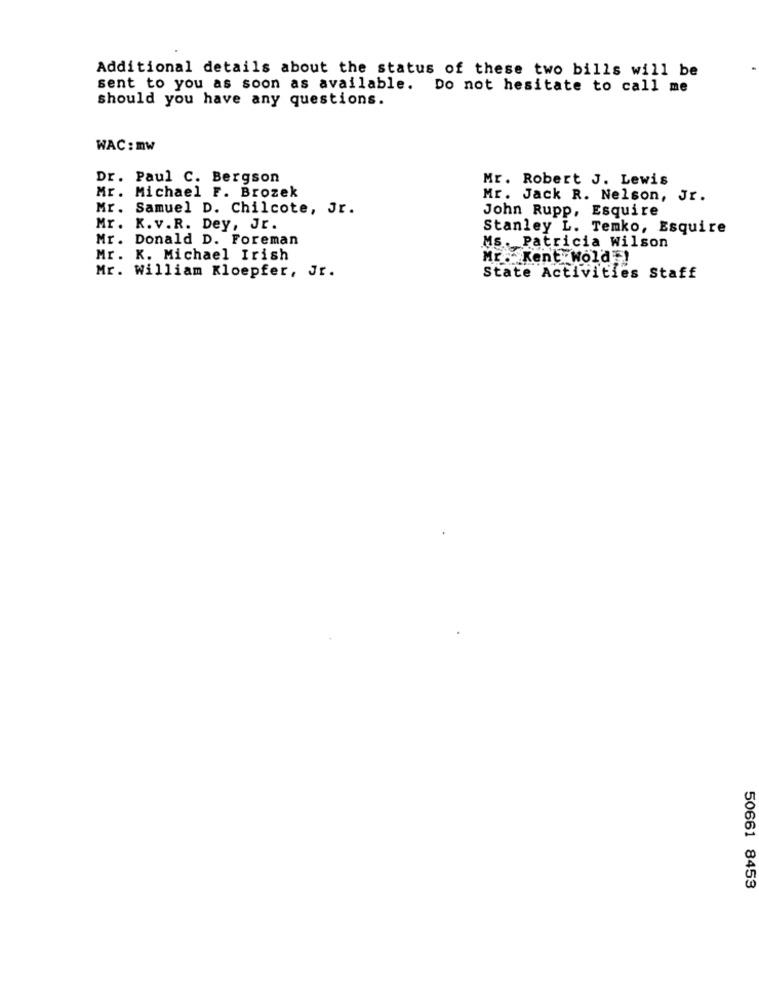
Additional details about the status of these two bills will be
sent to you as soon as available. Do not hesitate to call me
should you have any questions.
WAC : mw
Dr. Paul C. Bergson
Mr. Robert J. Lewis
Mr. Michael F. Brozek
Mr. Jack R. Nelson, Jr.
Mr. Samuel D. Chilcote, Jr.
John Rupp, Esquire
Mr. K.v.R. Dey, Jr.
Stanley L. Temko, Esquire
Mr. Donald D. Foreman
Ms . Patricia Wilson
Mr. K. Michael Irish
Mr. Kent. wold !
Mr. William Kloepfer, Jr.
State Activities Staff
50661 8453